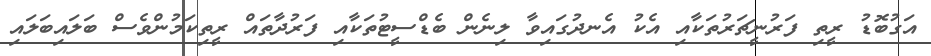
އަގުބޮޑު ރީތި ފަރުނީޗަރުތަކާއި އެކު އެނދުގައިވާ ލިނެން ބެޑްސީޓުތަކާއި ފަރުދާތައް ރީތިކަމުންވެސް ބަލައިބަލައި